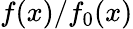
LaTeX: f(x)/f_{0}(x)